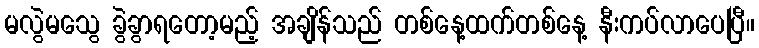
မလွဲမသွေ ခွဲခွာရတော့မည့် အချိန်သည် တစ်နေ့ထက်တစ်နေ့ နီးကပ်လာပေပြီ။